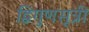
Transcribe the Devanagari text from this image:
द्विगुणसूत्री